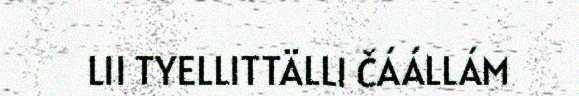
LII TYELLITTÄLLI ČÁÁLLÁM